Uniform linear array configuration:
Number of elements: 32
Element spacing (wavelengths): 0.75
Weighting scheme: cosine
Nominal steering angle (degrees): -15
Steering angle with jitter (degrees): -16.223
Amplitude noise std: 0.05
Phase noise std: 0.05

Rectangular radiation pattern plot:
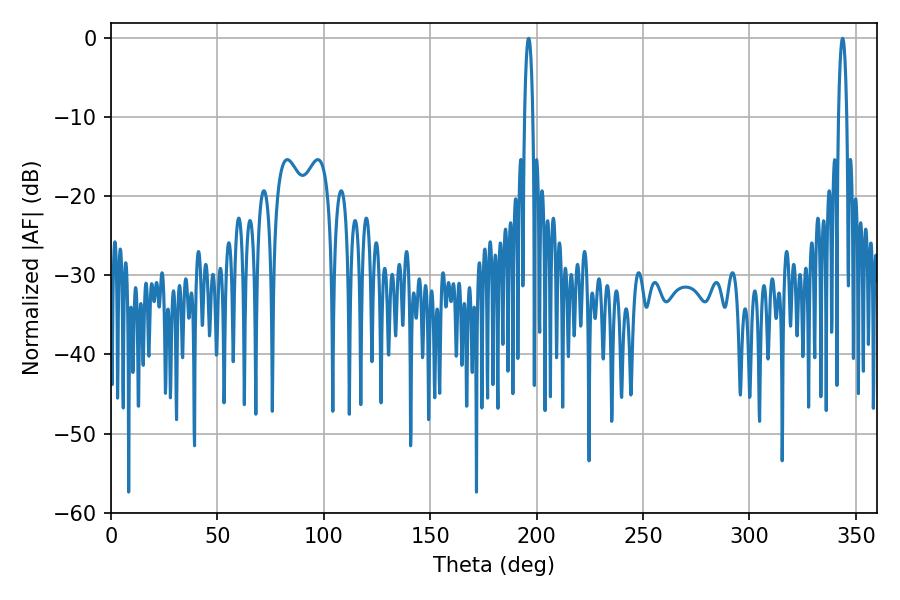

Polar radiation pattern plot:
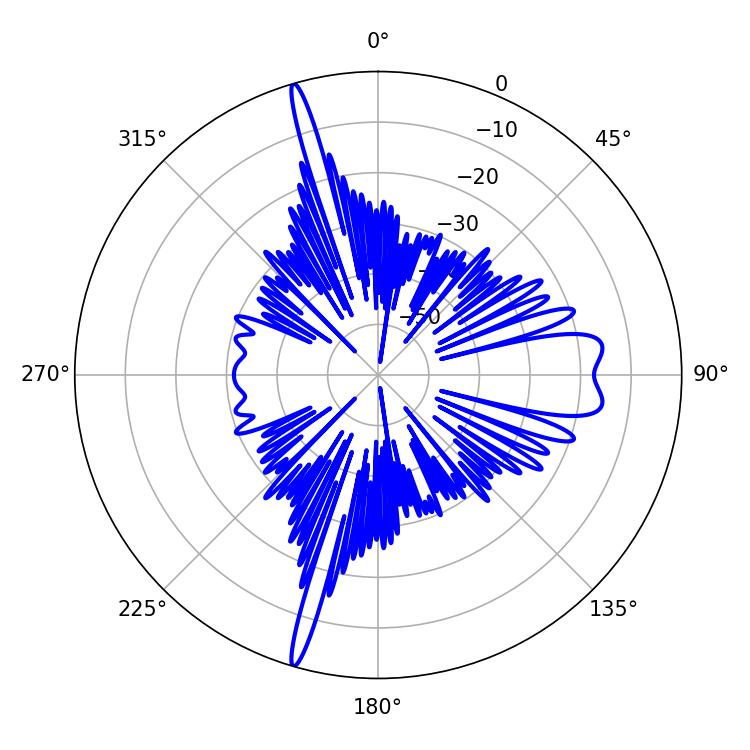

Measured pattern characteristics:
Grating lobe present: TRUE
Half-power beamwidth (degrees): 2.16
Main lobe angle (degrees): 196.2